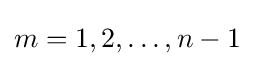
m=1,2,\dots ,n-1